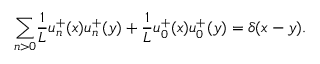
{ \sum _ { n > 0 } } \frac { 1 } { L } u _ { n } ^ { + } ( x ) u _ { n } ^ { + } ( y ) + \frac { 1 } { L } u _ { 0 } ^ { + } ( x ) u _ { 0 } ^ { + } ( y ) = \delta ( x - y ) .